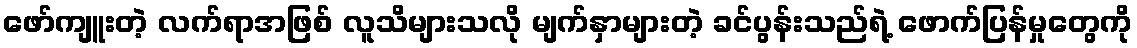
ဖော်ကျူးတဲ့ လက်ရာအဖြစ် လူသိများသလို မျက်နှာများတဲ့ ခင်ပွန်းသည်ရဲ့ ဖောက်ပြန်မှုတွေကို